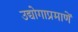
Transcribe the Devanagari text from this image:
उद्योगाप्रमाणें